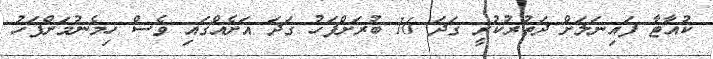
ކުއާޓާ ފައިނަލަށް ދަތުރުކުރީ ގަދަ 16 ބުރަށްފަހު ގަދަ އަށެއްގައި ވެސް ހިމެނުމަށްފަހު